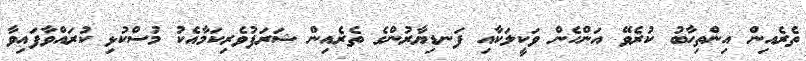
ތެރެއިން އިންތިހާބު ކުރެވޭ އަންހެން ވަކީލަކާއި ފަނޑިޔާރުންގެ ތެރެއިން ޝަރަފުވެރިކަމާއެކު މުސްކުޅި ކުރައްވާފައިވާ